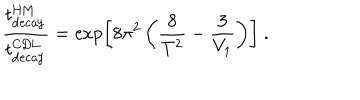
{ \frac { t _ { \mathrm { d e c a y } } ^ { \mathrm { H M } } } { t _ { \mathrm { d e c a y } } ^ { \mathrm { C D L } } } } = \exp \left[ 8 \pi ^ { 2 } \left( { \frac { 8 } { T ^ { 2 } } } - { \frac { 3 } { V _ { 1 } } } \right) \right] \ .